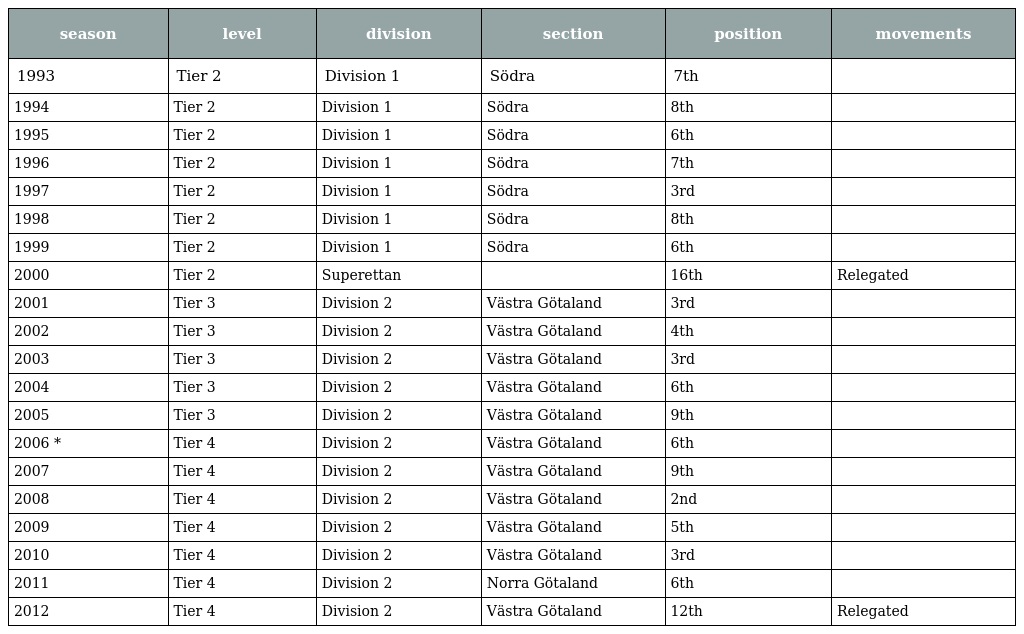
| season | level | division | section | position | movements |
 | --- | --- | --- | --- | --- | --- |
 | 1993 | Tier 2 | Division 1 | Södra | 7th |  |
 | 1994 | Tier 2 | Division 1 | Södra | 8th |  |
 | 1995 | Tier 2 | Division 1 | Södra | 6th |  |
 | 1996 | Tier 2 | Division 1 | Södra | 7th |  |
 | 1997 | Tier 2 | Division 1 | Södra | 3rd |  |
 | 1998 | Tier 2 | Division 1 | Södra | 8th |  |
 | 1999 | Tier 2 | Division 1 | Södra | 6th |  |
 | 2000 | Tier 2 | Superettan |  | 16th | Relegated |
 | 2001 | Tier 3 | Division 2 | Västra Götaland | 3rd |  |
 | 2002 | Tier 3 | Division 2 | Västra Götaland | 4th |  |
 | 2003 | Tier 3 | Division 2 | Västra Götaland | 3rd |  |
 | 2004 | Tier 3 | Division 2 | Västra Götaland | 6th |  |
 | 2005 | Tier 3 | Division 2 | Västra Götaland | 9th |  |
 | 2006 * | Tier 4 | Division 2 | Västra Götaland | 6th |  |
 | 2007 | Tier 4 | Division 2 | Västra Götaland | 9th |  |
 | 2008 | Tier 4 | Division 2 | Västra Götaland | 2nd |  |
 | 2009 | Tier 4 | Division 2 | Västra Götaland | 5th |  |
 | 2010 | Tier 4 | Division 2 | Västra Götaland | 3rd |  |
 | 2011 | Tier 4 | Division 2 | Norra Götaland | 6th |  |
 | 2012 | Tier 4 | Division 2 | Västra Götaland | 12th | Relegated |